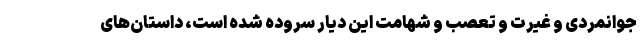
جوانمردی و غیرت و تعصب و شهامت این دیار سروده شده است، داستان‌های